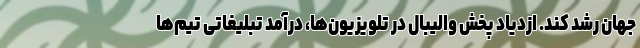
جهان رشد کند. ازدیاد پخش والیبال در تلویزیون‌ها، درآمد تبلیغاتی تیم‌ها